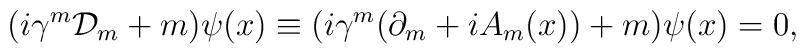
(i\gamma^{m}{\cal D}_{m}+m)\psi(x)\equiv(i\gamma^{m}(\partial_{m}+iA_{m}(x))+m)\psi(x)=0,